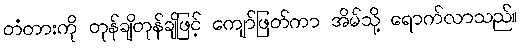
တံတားကို တုန်ချိတုန်ချိဖြင့် ကျော်ဖြတ်ကာ အိမ်သို့ ရောက်လာသည်။